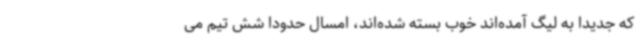
که جدیدا به لیگ آمده‌اند خوب بسته شده‌اند، امسال حدودا شش تیم می‌